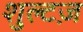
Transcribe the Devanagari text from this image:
शुल्टज़